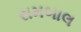
રામબાલ